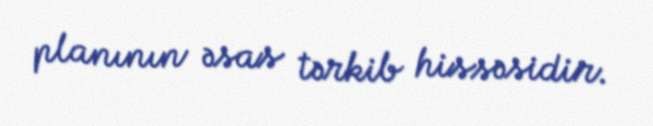
planının əsas tərkib hissəsidir.